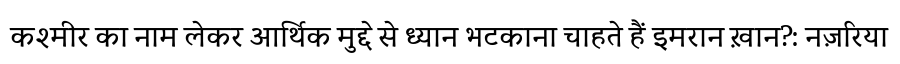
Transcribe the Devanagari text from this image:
कश्मीर का नाम लेकर आर्थिक मुद्दे से ध्यान भटकाना चाहते हैं इमरान ख़ान?: नज़रिया